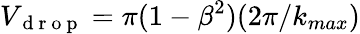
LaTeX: V_{\mathrm{~d~r~o~p~}}=\pi(1-\beta^{2})(2\pi/k_{max})